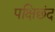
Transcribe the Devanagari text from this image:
पक्षिछंद